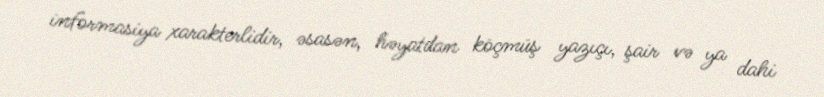
informasiya xarakterlidir, əsasən, həyatdan köçmüş yazıçı, şair və ya dahi